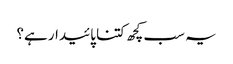
یہ سب کچھ کتنا پائیدار ہے؟